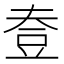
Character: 𧯟